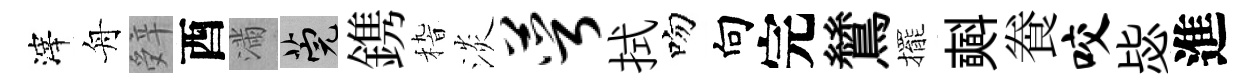
滓舟辤酉滿筦鎸𥟵淡萼拭吻向完鷥擺𣂏飬咬毖進